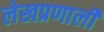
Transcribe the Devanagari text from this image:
लेखप्रणाली